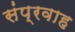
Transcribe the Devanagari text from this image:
संप्रवाह